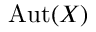
{ \mathrm { A u t } } ( X )